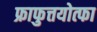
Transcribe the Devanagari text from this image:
फ्राफुत्तयोत्फा